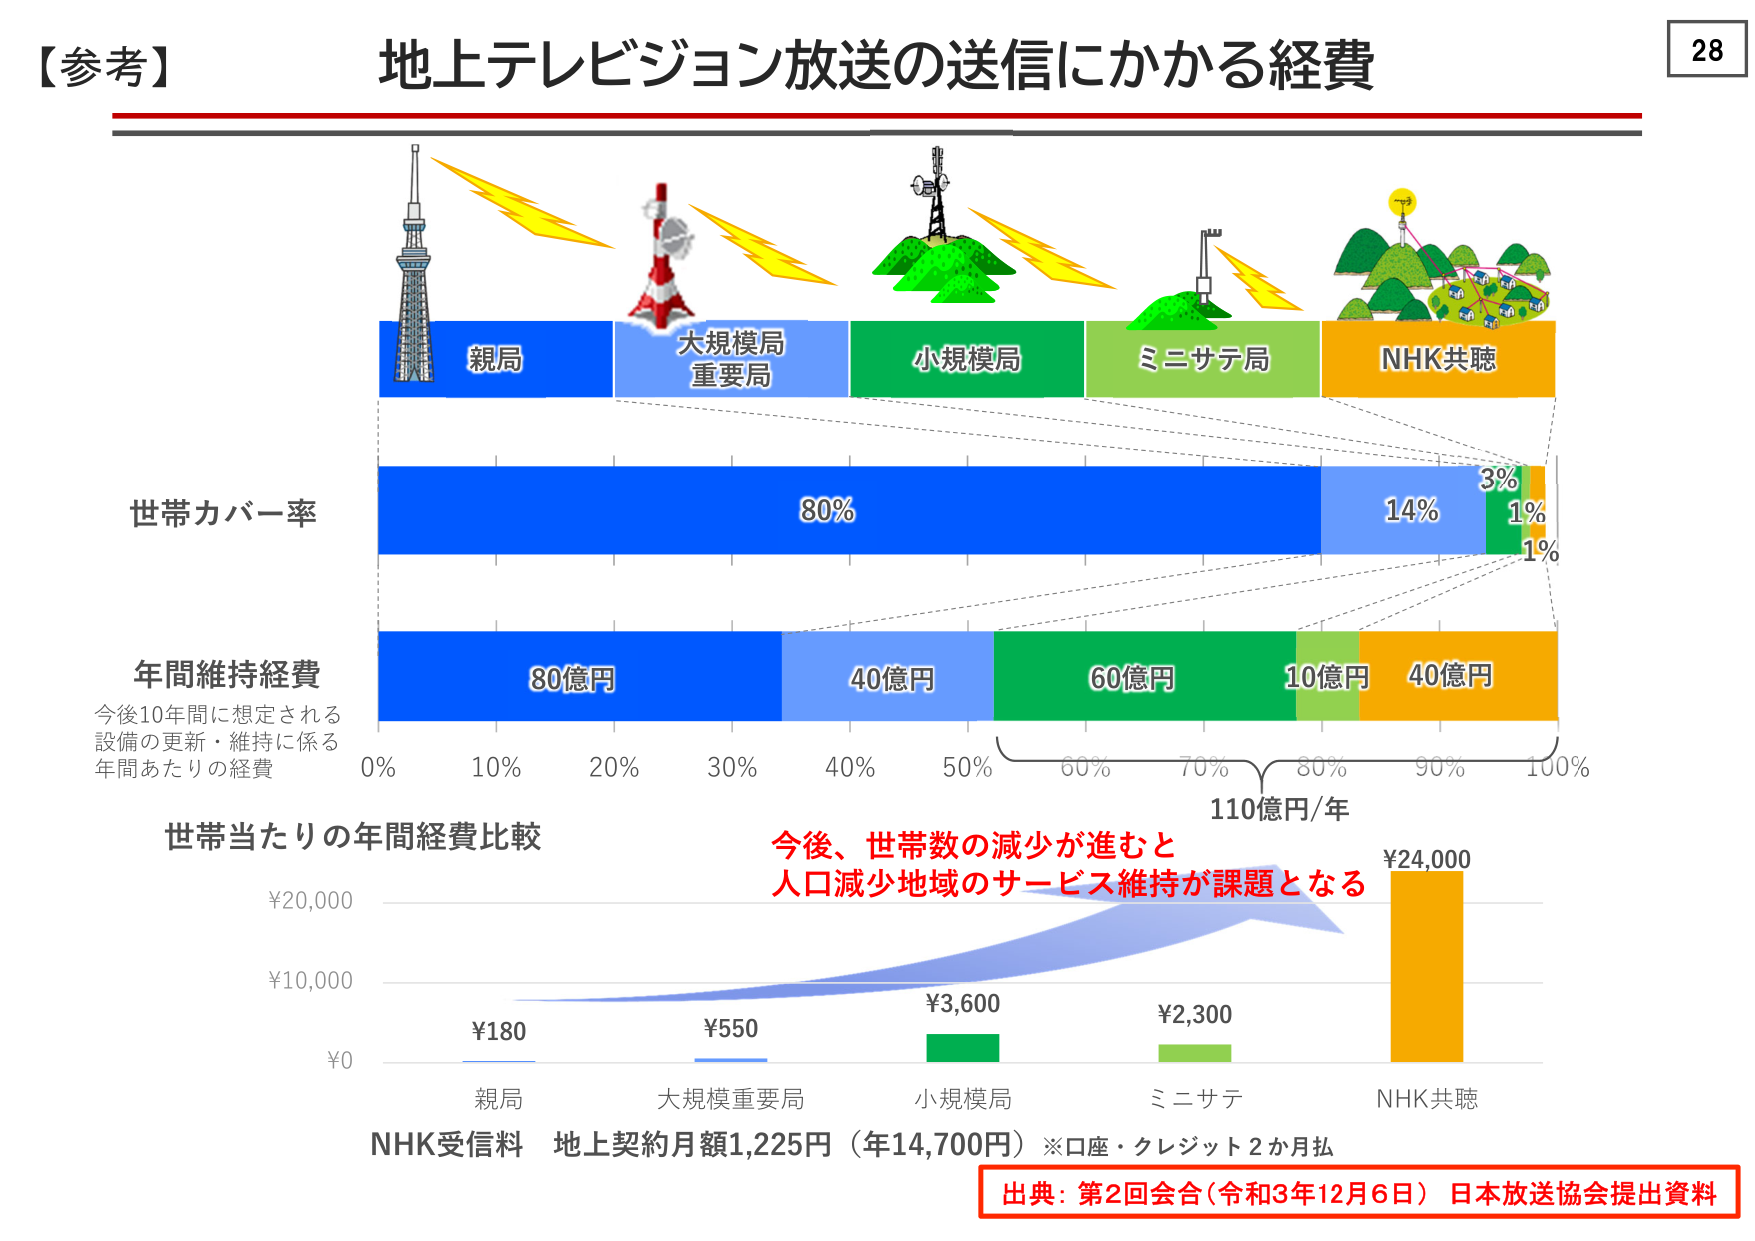
【参考】
地上テレビジョン放送の送信にかかる経費
28

親局
大規模局
重要局
小規模局
ミニサテ局
NHK共聴

世帯カバー率
80%
14%
3%
1%
1%

年間維持経費
今後10年間に想定される
設備の更新・維持に係る
年間あたりの経費
80億円
40億円
60億円
10億円
40億円
0% 10% 20% 30% 40% 50% 60% 70% 80% 90% 100%
110億円/年

世帯当たりの年間経費比較
¥20,000
¥10,000
¥0
¥180
¥550
¥3,600
¥2,300
¥24,000
親局
大規模重要局
小規模局
ミニサテ
NHK共聴

今後、世帯数の減少が進むと
人口減少地域のサービス維持が課題となる

NHK受信料 地上契約月額1,225円（年14,700円）※口座・クレジット2か月払

出典：第2回会合（令和3年12月6日）日本放送協会提出資料